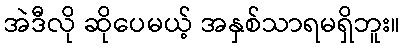
အဲဒီလို ဆိုပေမယ့် အနှစ်သာရမရှိဘူး။